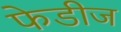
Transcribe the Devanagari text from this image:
फेडीज